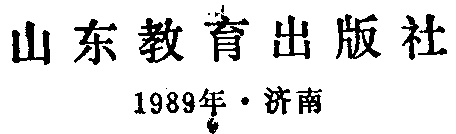
山东教育出版社

1989年·济南